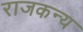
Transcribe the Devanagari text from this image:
राजकन्य